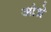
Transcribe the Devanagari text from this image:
आंध्रे